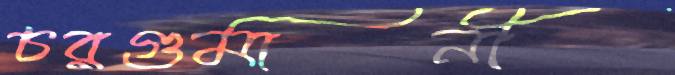
চরগুমানী